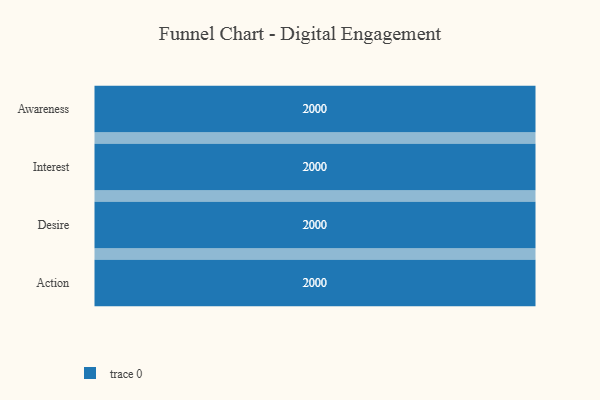
{"axis": {"x": "Stage", "y": "Value"}, "legend": [""], "data": [{"x": "Awareness", "y": 2000, "type": ""}, {"x": "Interest", "y": 2000, "type": ""}, {"x": "Desire", "y": 2000, "type": ""}, {"x": "Action", "y": 2000, "type": ""}]}